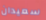
سعيدان